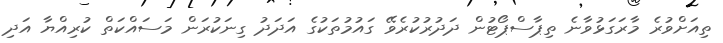
ތިއަށްވުރެ މާރަގަޅުވާނެ ތިޕާސްޕޯޓުން ދަދުރުކުރެވޭ ގައުމުތަކުގެ އަދަދު ގިނަކުރަން މަސައްކަތް ކުރިއްޔާ އަދި